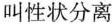
叫性状分离